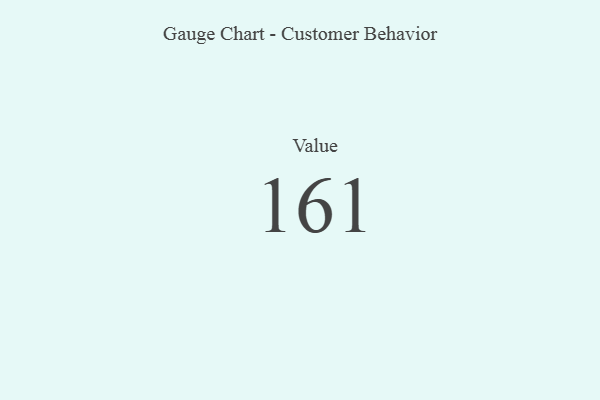
{"axis": {"x": "Metric", "y": "Value"}, "legend": [""], "data": [{"x": "Value", "y": 161, "type": ""}]}